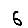
Digit: 6